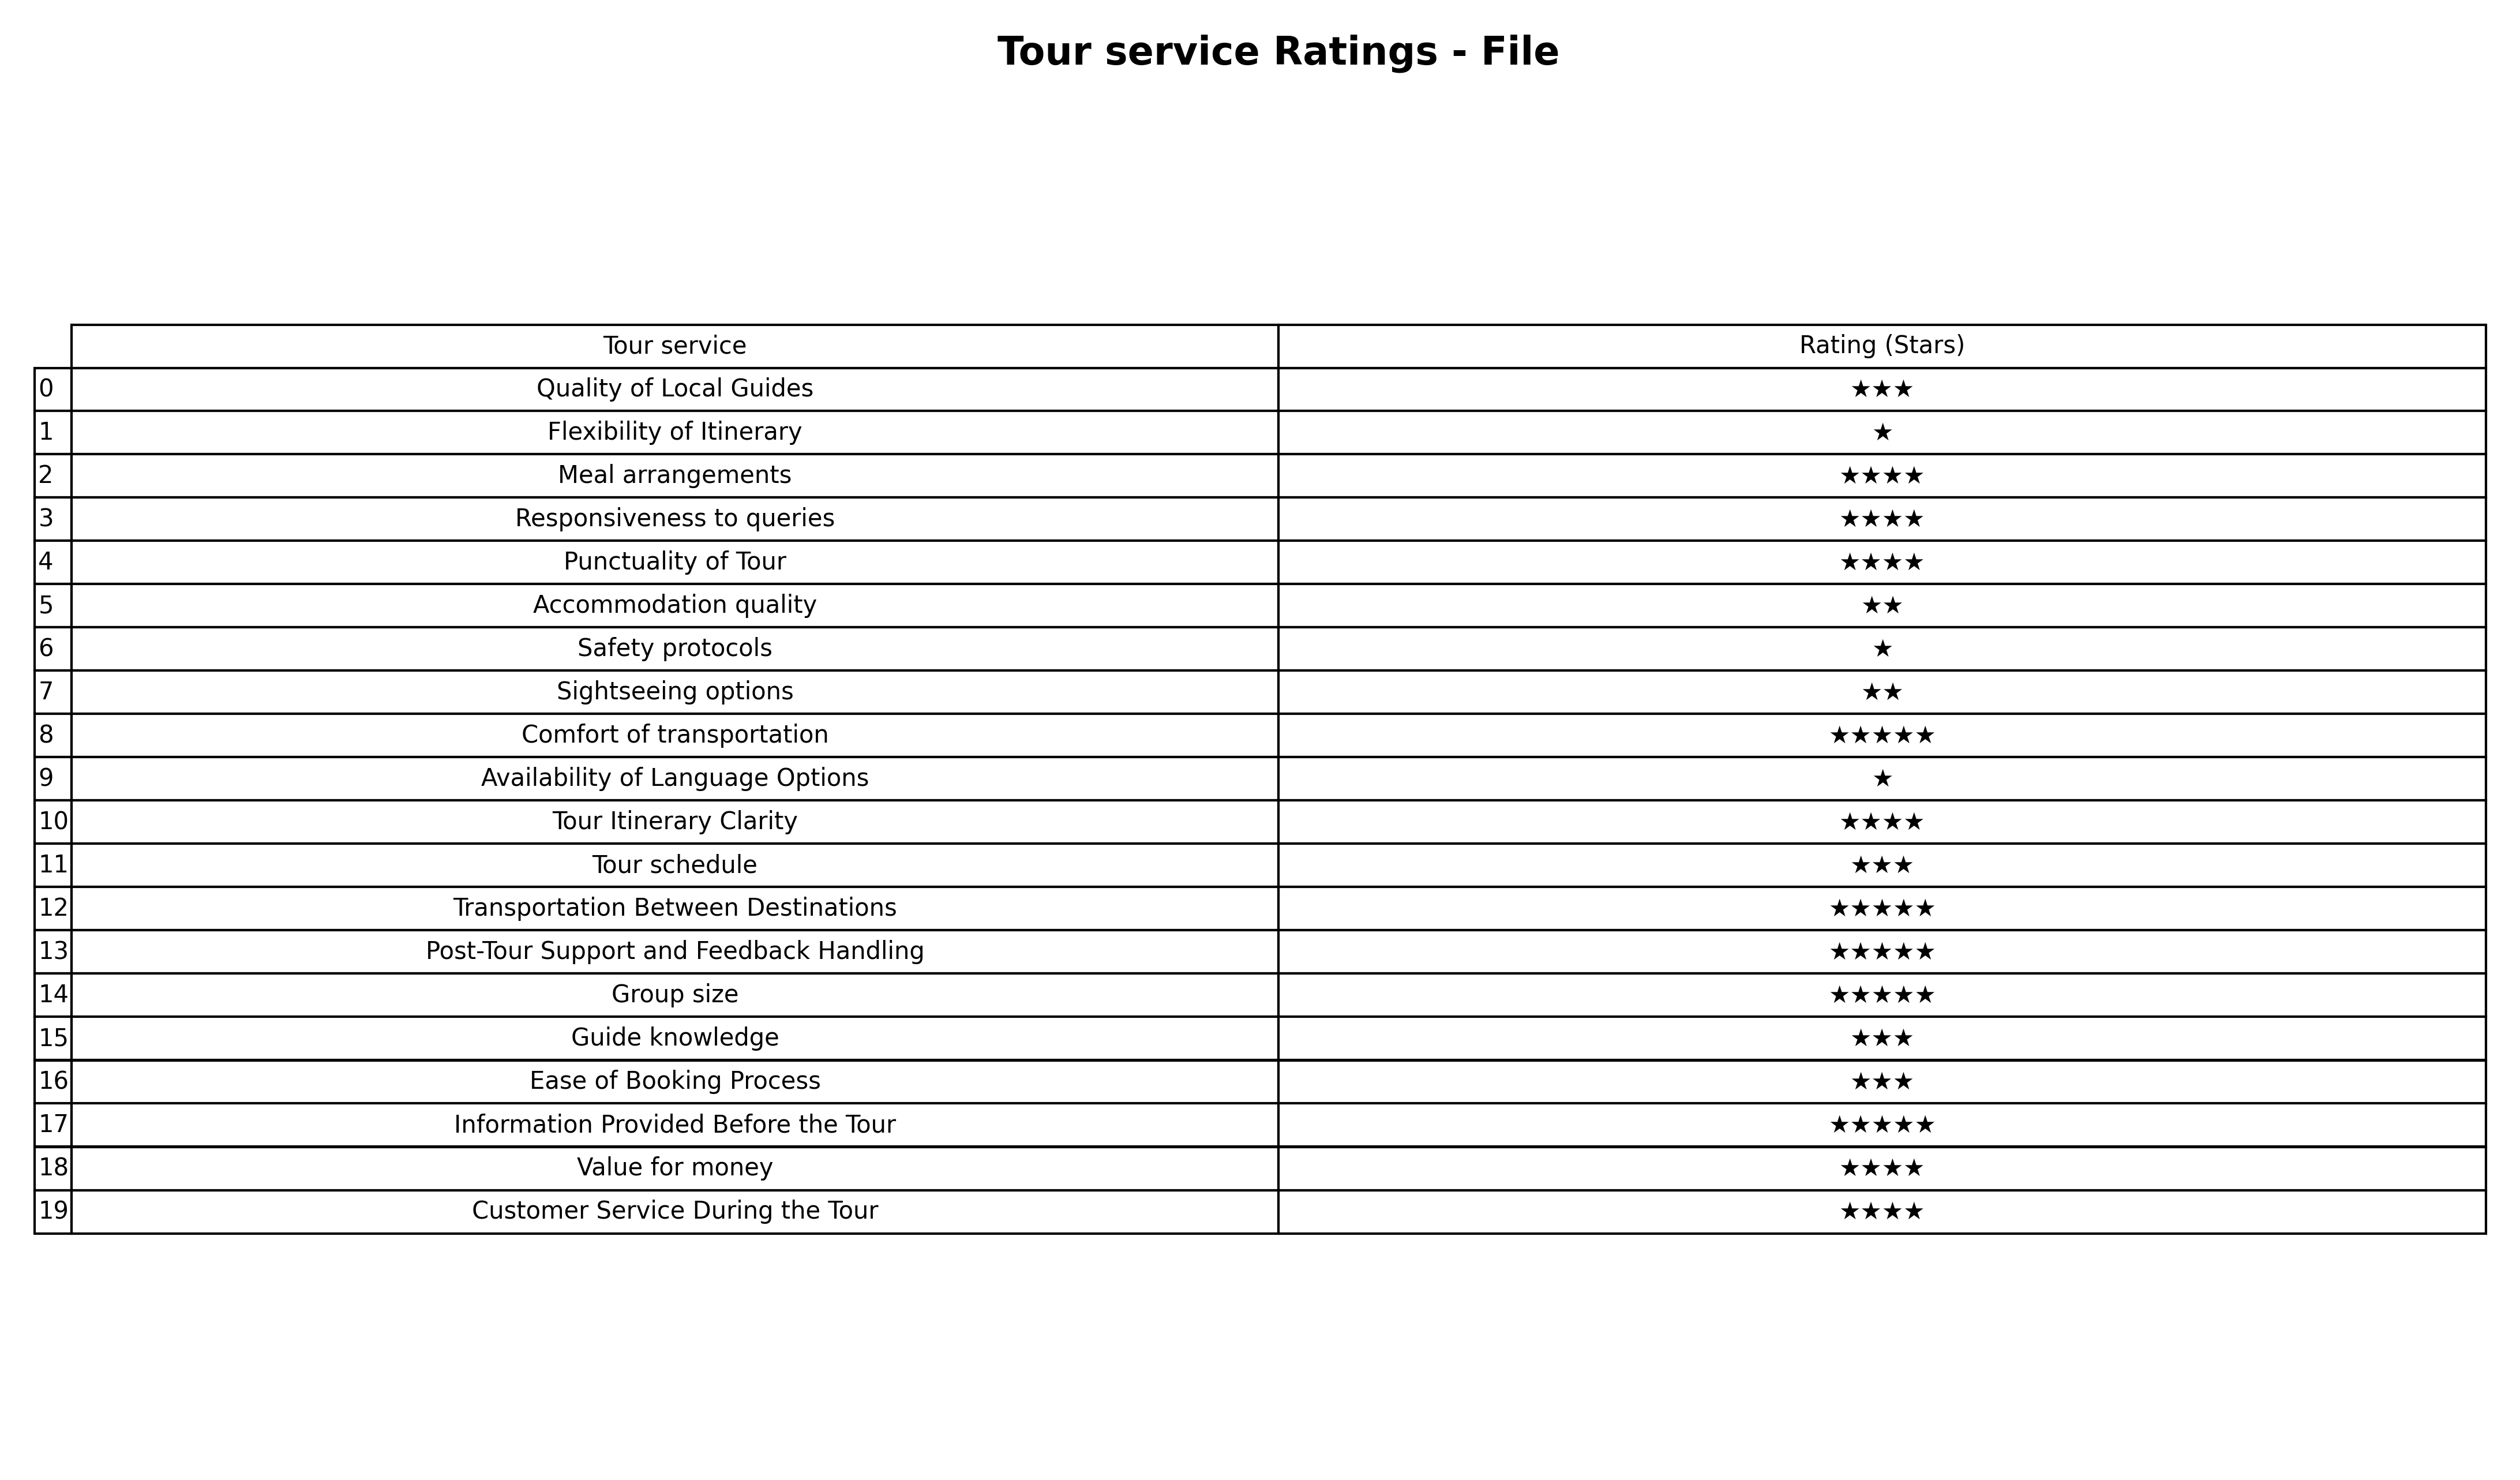
question: What are three star services?
answer: Quality of Local GuidesTour scheduleGuide knowledgeEase of Booking Process